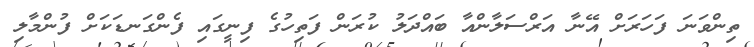
ތިންވަނަ ފަހަރަށް އޭނާ އަރްސަލާންއާ ބައްދަލު ކުރަން ފަތިހުގެ ފިނީގައި ފެންގަނޑަކަށް ފުންމާލި